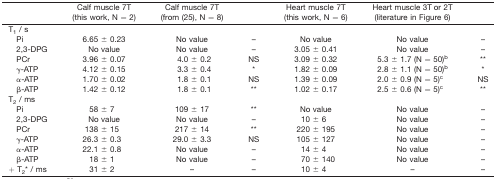
<table><thead><tr><td></td><td><b>Calf muscle 7T (this work, N = 2)</b></td><td><b>Calf muscle 7T (from (25), N = 8)</b></td><td></td><td><b>Heart muscle 7T (this work, N = 6)</b></td><td><b>Heart muscle 3T or 2T (literature in Figure 6)</b></td><td></td></tr></thead><tbody><tr><td>T<sub>1</sub> / s</td><td></td><td></td><td></td><td></td><td></td><td></td></tr><tr><td> Pi</td><td>6.65 ± 0.23</td><td>No value</td><td>–</td><td>No value</td><td>No value</td><td>–</td></tr><tr><td> 2,3-DPG</td><td>No value</td><td>No value</td><td>–</td><td>3.05 ± 0.41</td><td>No value</td><td>–</td></tr><tr><td> PCr</td><td>3.96 ± 0.07</td><td>4.0 ± 0.2</td><td>NS</td><td>3.09 ± 0.32</td><td>5.3 ± 1.7 (N = 50)b</td><td><sup>*</sup><sup>*</sup></td></tr><tr><td> γ-ATP</td><td>4.12 ± 0.15</td><td>3.3 ± 0.4</td><td>*</td><td>1.82 ± 0.09</td><td>2.8 ± 1.1 (N = 50)b</td><td>*</td></tr><tr><td> α-ATP</td><td>1.70 ± 0.02</td><td>1.8 ± 0.1</td><td>NS</td><td>1.39 ± 0.09</td><td>2.0 ± 0.9 (N = 5)c</td><td>NS</td></tr><tr><td> β-ATP</td><td>1.42 ± 0.12</td><td>1.8 ± 0.1</td><td>**</td><td>1.02 ± 0.17</td><td>2.5 ± 0.6 (N = 5)c</td><td>**</td></tr><tr><td>T<sub>2</sub> / ms</td><td></td><td></td><td></td><td></td><td></td><td></td></tr><tr><td> Pi</td><td>58 ± 7</td><td>109 ± 17</td><td>**</td><td>No value</td><td>No value</td><td>–</td></tr><tr><td> 2,3-DPG</td><td>No value</td><td>No value</td><td>–</td><td>10 ± 6</td><td>No value</td><td>–</td></tr><tr><td> PCr</td><td>138 ± 15</td><td>217 ± 14</td><td>**</td><td>220 ± 195</td><td>No value</td><td>–</td></tr><tr><td> γ-ATP</td><td>26.3 ± 0.3</td><td>29.0 ± 3.3</td><td>NS</td><td>105 ± 127</td><td>No value</td><td>–</td></tr><tr><td> α-ATP</td><td>22.1 ± 0.8</td><td>No value</td><td>–</td><td>14 ± 4</td><td>No value</td><td>–</td></tr><tr><td> β-ATP</td><td>18 ± 1</td><td>No value</td><td>–</td><td>70 ± 140</td><td>No value</td><td>–</td></tr><tr><td>+ T<sub>2</sub><sup>*</sup> / ms</td><td>31 ± 2</td><td>–</td><td>–</td><td>10 ± 4</td><td>–</td><td>–</td></tr></tbody></table>